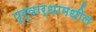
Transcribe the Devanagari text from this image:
पूर्वार्धामधील